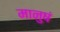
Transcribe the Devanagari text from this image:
मानुषं